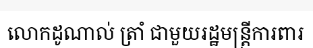
លោកដូណាល់ ត្រាំ ជាមួយរដ្ឋមន្ត្រីការពារ